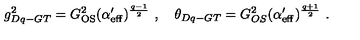
g _ { D q - G T } ^ { 2 } = G _ { \mathrm { O S } } ^ { 2 } ( \alpha _ { \mathrm { e f f } } ^ { \prime } ) ^ { \frac { q - 1 } { 2 } } \ , \quad \theta _ { D q - G T } = G _ { O S } ^ { 2 } ( \alpha _ { \mathrm { e f f } } ^ { \prime } ) ^ { \frac { q + 1 } { 2 } } \ .